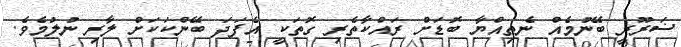
ޟަރޫރީ ބޭނުމެއް ނެތިއްޔާ ބޮޑަށް ރައްކާތެރި ގޮތަކީ އެފަދަ ބޭންކަކަށް ލާރި ނުލުމެވެ.